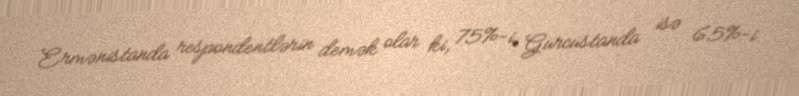
Ermənistanda respondentlərin demək olar ki, 75%-i, Gürcüstanda isə 65%-i